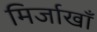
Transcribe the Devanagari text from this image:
मिर्जाखाँ